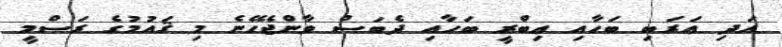
އަދި ޢަރަބި ބަހާއި ޢިބްރީ ބަހާއި ދެބަސް ވާންޖެހޭނެ މި ޤައުމުގެ ރަސްމީ